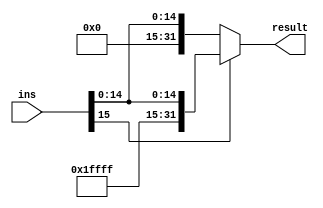
module signExtender (output reg [31:0] result, input [15:0] ins);

  reg [15:0] tempOnes = 16'b1111111111111111;
  reg [15:0] tempZero = 16'b0000000000000000;

  always @(ins)
  
  if (ins[15] == 0) begin
    result = {tempZero, ins};
  end else begin
    result = {tempOnes, ins};
  end

endmodule